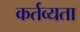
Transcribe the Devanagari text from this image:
कर्तव्यता